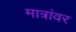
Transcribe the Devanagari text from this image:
मात्रांवर